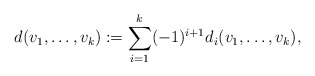
\begin{align*}d(v_{1}, \dots, v_{k}) := \sum_{i=1}^{k}(-1)^{i+1}d_{i}(v_{1},\dots, v_{k} ),\end{align*}